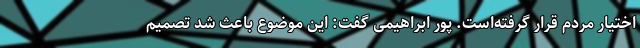
اختیار مردم قرار گرفته‌است. پور ابراهیمی گفت: این موضوع باعث شد تصمیم